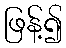
ဖြန့်၍